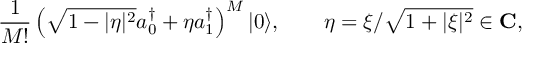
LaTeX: { \frac { 1 } { M ! } } \left( \sqrt { 1 - | \eta | ^ { 2 } } a _ { 0 } ^ { \dagger } + \eta a _ { 1 } ^ { \dagger } \right) ^ { M } | 0 \rangle , \qquad \eta = \xi / \sqrt { 1 + | \xi | ^ { 2 } } \in \mathbf { C } ,